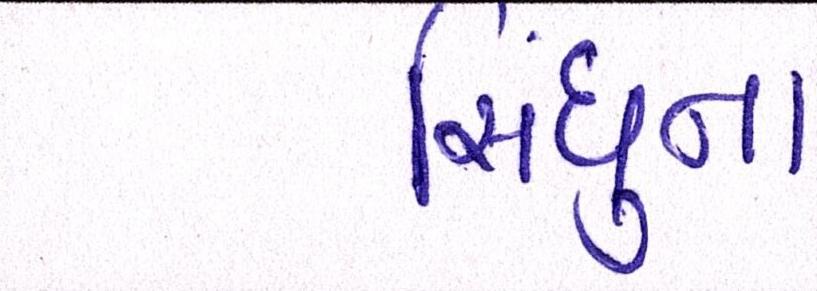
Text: સિંધુના